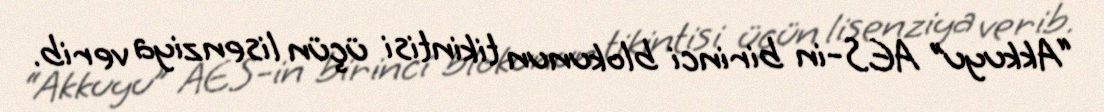
“Akkuyu” AES-in birinci blokunun tikintisi üçün lisenziya verib.